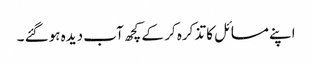
اپنے مسائل کا تذکرہ کر کے کچھ آب دیدہ ہوگئے ۔